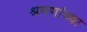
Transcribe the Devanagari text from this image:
श्रमणांच्या